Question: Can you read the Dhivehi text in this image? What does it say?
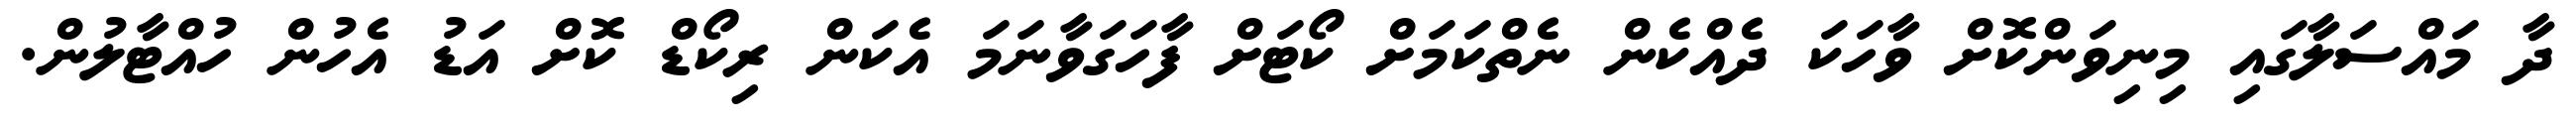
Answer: ދާ މައްސަލާގައި މިނިވަންކޮށް ވާހަކަ ދެއްކެން ނެތްކަމަށް ކޯޓަށް ފާހަގަވާނަމަ އެކަން ރިކޯޑް ކޮށް އަޑު އެހުން ހުއްޓާލުން.